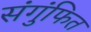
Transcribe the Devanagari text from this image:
संगुंफित